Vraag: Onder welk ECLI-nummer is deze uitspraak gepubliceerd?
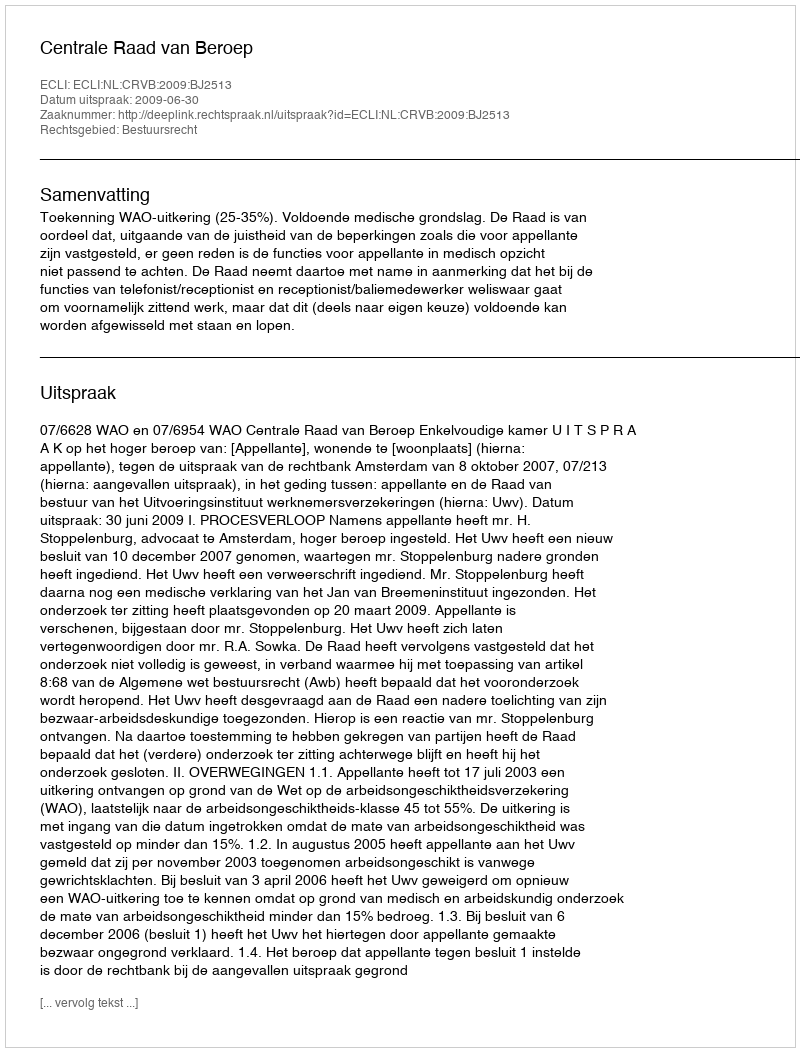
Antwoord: ECLI:NL:CRVB:2009:BJ2513